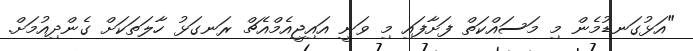
"އަޅުގަނޑުމެން މި މަސައްކަތް ފަށާފައި މި ވަނީ އައިޖީއެމްއެޗް ރަނގަޅު ހާލަތަކަށް ގެންދިއުމަށް.